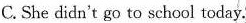
C. She didn't go to school today.